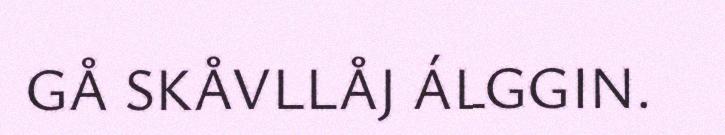
GÅ SKÅVLLÅJ ÁLGGIN.